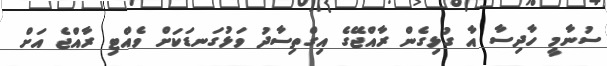
ސުނާމީ ހާދިސާ އާ ގުޅިގެން ރާއްޖޭގެ އިގްތިސާދު ވަޅުގަނޑަކަށް ވެއްޓި ރާއްޖެ އަށް